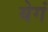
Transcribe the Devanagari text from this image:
येगं